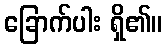
ခြောက်ပါး ရှိ၏။